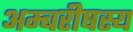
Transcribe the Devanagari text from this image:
अम्बरीषस्य